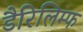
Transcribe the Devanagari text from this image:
डैरिलिम्फ